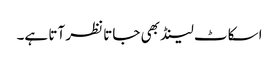
اسکاٹ لینڈ بھی جاتا نظر آتا ہے۔